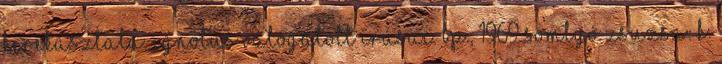
kerekasztala. Ignotus válogatott írásai. Bp., 1969 Somlyó Zsuzsa: K.